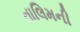
તાલિમની